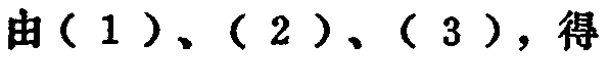
由（1）、（2）、（3），得